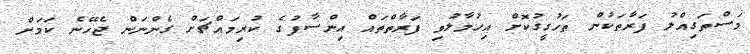
މަސްތަގިއްލު ފަރާތަކުން ތަހުގީގުކޮށް އިހުމާލުވި ފަރާތްތައް އިންސާފުގެ ކުރިމައްޗަށް ގެންނަން ޖެހޭނެ ކަމަށް